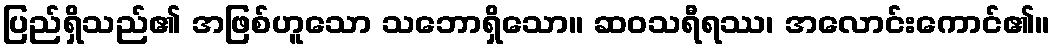
ပြည်ရှိသည်၏ အဖြစ်ဟူသော သဘောရှိသော။ ဆဝသရီရဿ၊ အလောင်းကောင်၏။